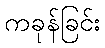
ကခုန်ခြင်း